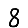
Digit: 8